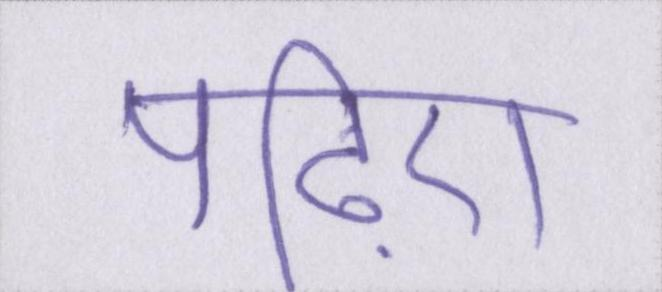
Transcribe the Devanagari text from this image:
पढ़िए